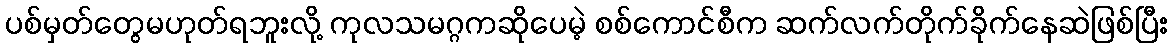
ပစ်မှတ်တွေမဟုတ်ရဘူးလို့ ကုလသမဂ္ဂကဆိုပေမဲ့ စစ်ကောင်စီက ဆက်လက်တိုက်ခိုက်နေဆဲဖြစ်ပြီး